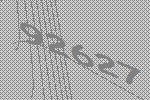
92627